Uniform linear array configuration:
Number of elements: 64
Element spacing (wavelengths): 0.25
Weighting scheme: exponential
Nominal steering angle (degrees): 60
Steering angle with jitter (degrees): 61.775
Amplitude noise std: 0.05
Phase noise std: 0.05

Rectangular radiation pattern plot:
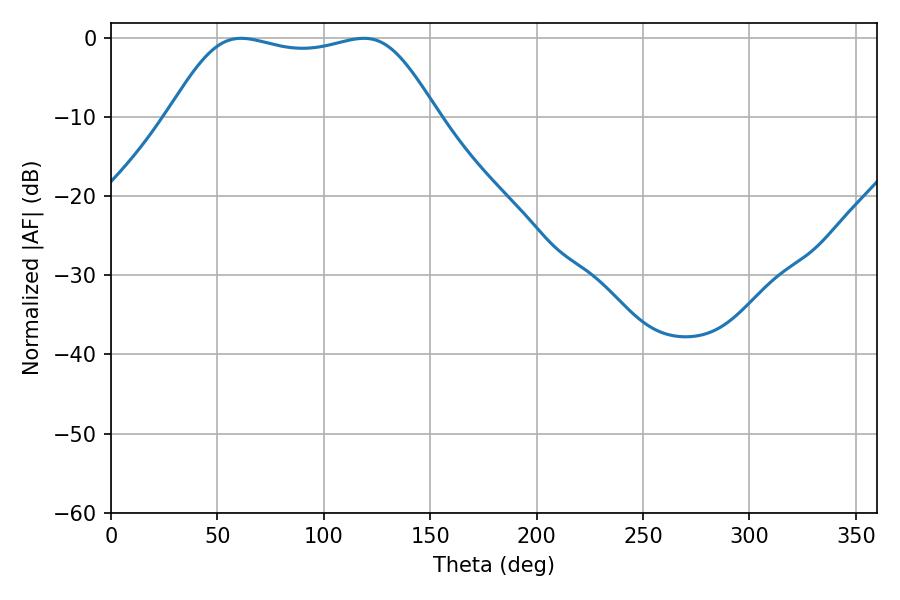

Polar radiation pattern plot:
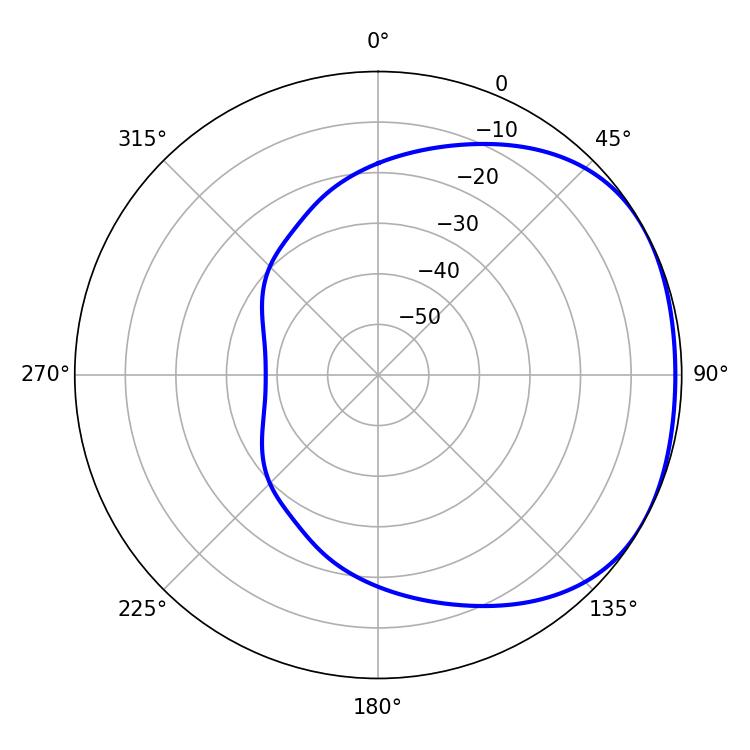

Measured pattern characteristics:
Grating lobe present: FALSE
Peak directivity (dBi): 1.688
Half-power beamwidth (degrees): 95.4
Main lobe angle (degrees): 61.2